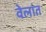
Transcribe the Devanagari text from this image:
वेलांत